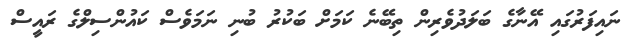
ނައިފަރުގައި އޭނާގެ ބަލަދުވެރިން ތިބޭނެ ކަމަށް ބަކުރު ބުނި ނަމަވެސް ކައުންސިލްގެ ރައީސް